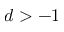
d > - 1